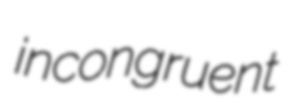
incongruent